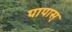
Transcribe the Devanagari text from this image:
पापास्